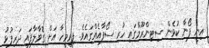
އިނީ ފޯނާ ކުޅެން ސިޓިންރޫމްގައި ހުރި ސޯފާއެއްގައެވެ. ފިރިމީހާ އަށް ގޮވާލާފައި ދަރިފުޅު